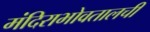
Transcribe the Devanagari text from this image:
मंदिराभोवतालची